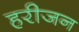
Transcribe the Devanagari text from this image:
हरीजन